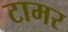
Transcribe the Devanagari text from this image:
टामर